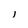
Character: i